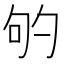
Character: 𭇕